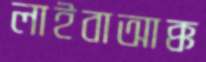
লাইবাআক্ক